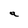
Character: a